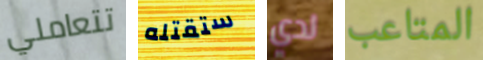
تتعاملي ستقتله لدي المتاعب